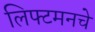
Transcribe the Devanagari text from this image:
लिफ्टमनचे